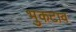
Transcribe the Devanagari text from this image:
भुकटाव